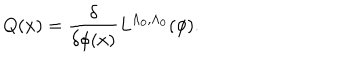
LaTeX: Q ( x ) = \frac { \delta } { \delta \phi ( x ) } L ^ { \Lambda _ { 0 } , \Lambda _ { 0 } } ( \phi ) .